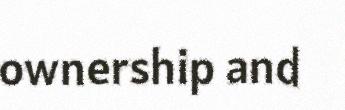
ownership and